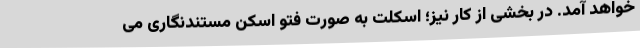
خواهد آمد. در بخشی از کار نیز؛ اسکلت به صورت فتو اسکن مستندنگاری می